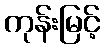
ကုန်းမြင့်